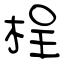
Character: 桯